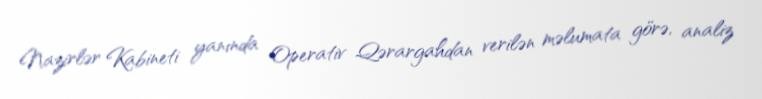
Nazirlər Kabineti yanında Operativ Qərargahdan verilən məlumata görə, analiz